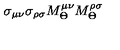
\sigma _ { \mu \nu } \sigma _ { \rho \sigma } M _ { \Theta } ^ { \mu \nu } M _ { \Theta } ^ { \rho \sigma }